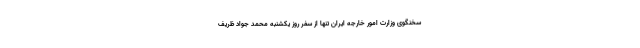
سخنگوی وزارت امور خارجه ایران تنها از سفر روز یکشنبه محمد جواد ظریف